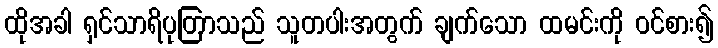
ထိုအခါ ရှင်သာရိပုတြာသည် သူတပါးအတွက် ချက်သော ထမင်းကို ဝင်စား၍